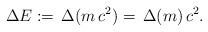
LaTeX: \begin{align*} \Delta E :=\,\Delta(m\,c^2)=\,\Delta(m)\,c^2. \end{align*}